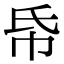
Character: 帋